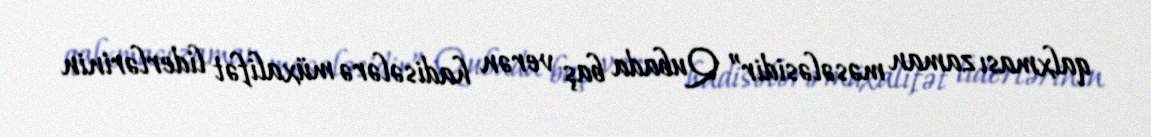
qalxması zaman məsələsidir” Qubada baş verən hadisələrə müxalifət liderlərinin